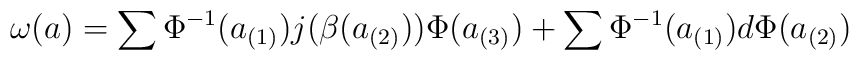
\omega (a) = \sum \Phi ^{-1}(a_{(1)}) j(\beta (a_{(2)})) \Phi(a_{(3)}) + \sum \Phi ^{-1}(a_{(1)}) d \Phi (a_{(2)})